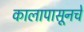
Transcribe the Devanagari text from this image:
कालापासूनचे